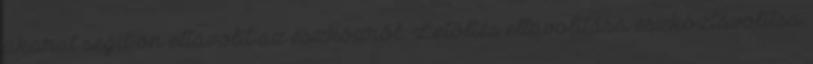
akarat segít ön eltávolít az eszközről. Letöltés eltávolítása eszköztávolítsa